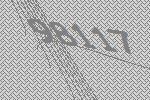
98117